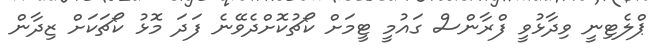
ޕްލެޓިނީ ވިދާޅުވީ ފްރާންސް ގައުމީ ޓީމަށް ކޯޗުކޮށްދެވޭނެ ފަދަ މޮޅު ކޯޗަކަށް ޒިދާން